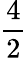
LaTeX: \frac{4}{2}